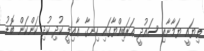
ތިޔައީ ޔަމާނާއި ސައުދީ ޢަރަބިއްޔާގައި ހިނގާ ޢާއިލީ ކުދި ކުދި ކަންކަން ބޮޑު